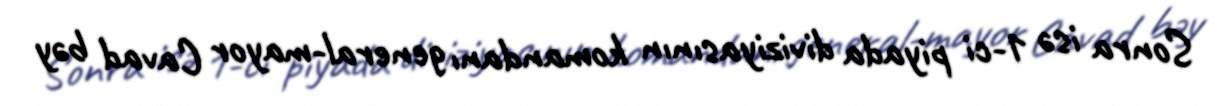
Sonra isə 1-ci piyada diviziyasının komandanı general-mayor Cavad bəy